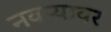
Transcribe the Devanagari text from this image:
नवऱ्यावर